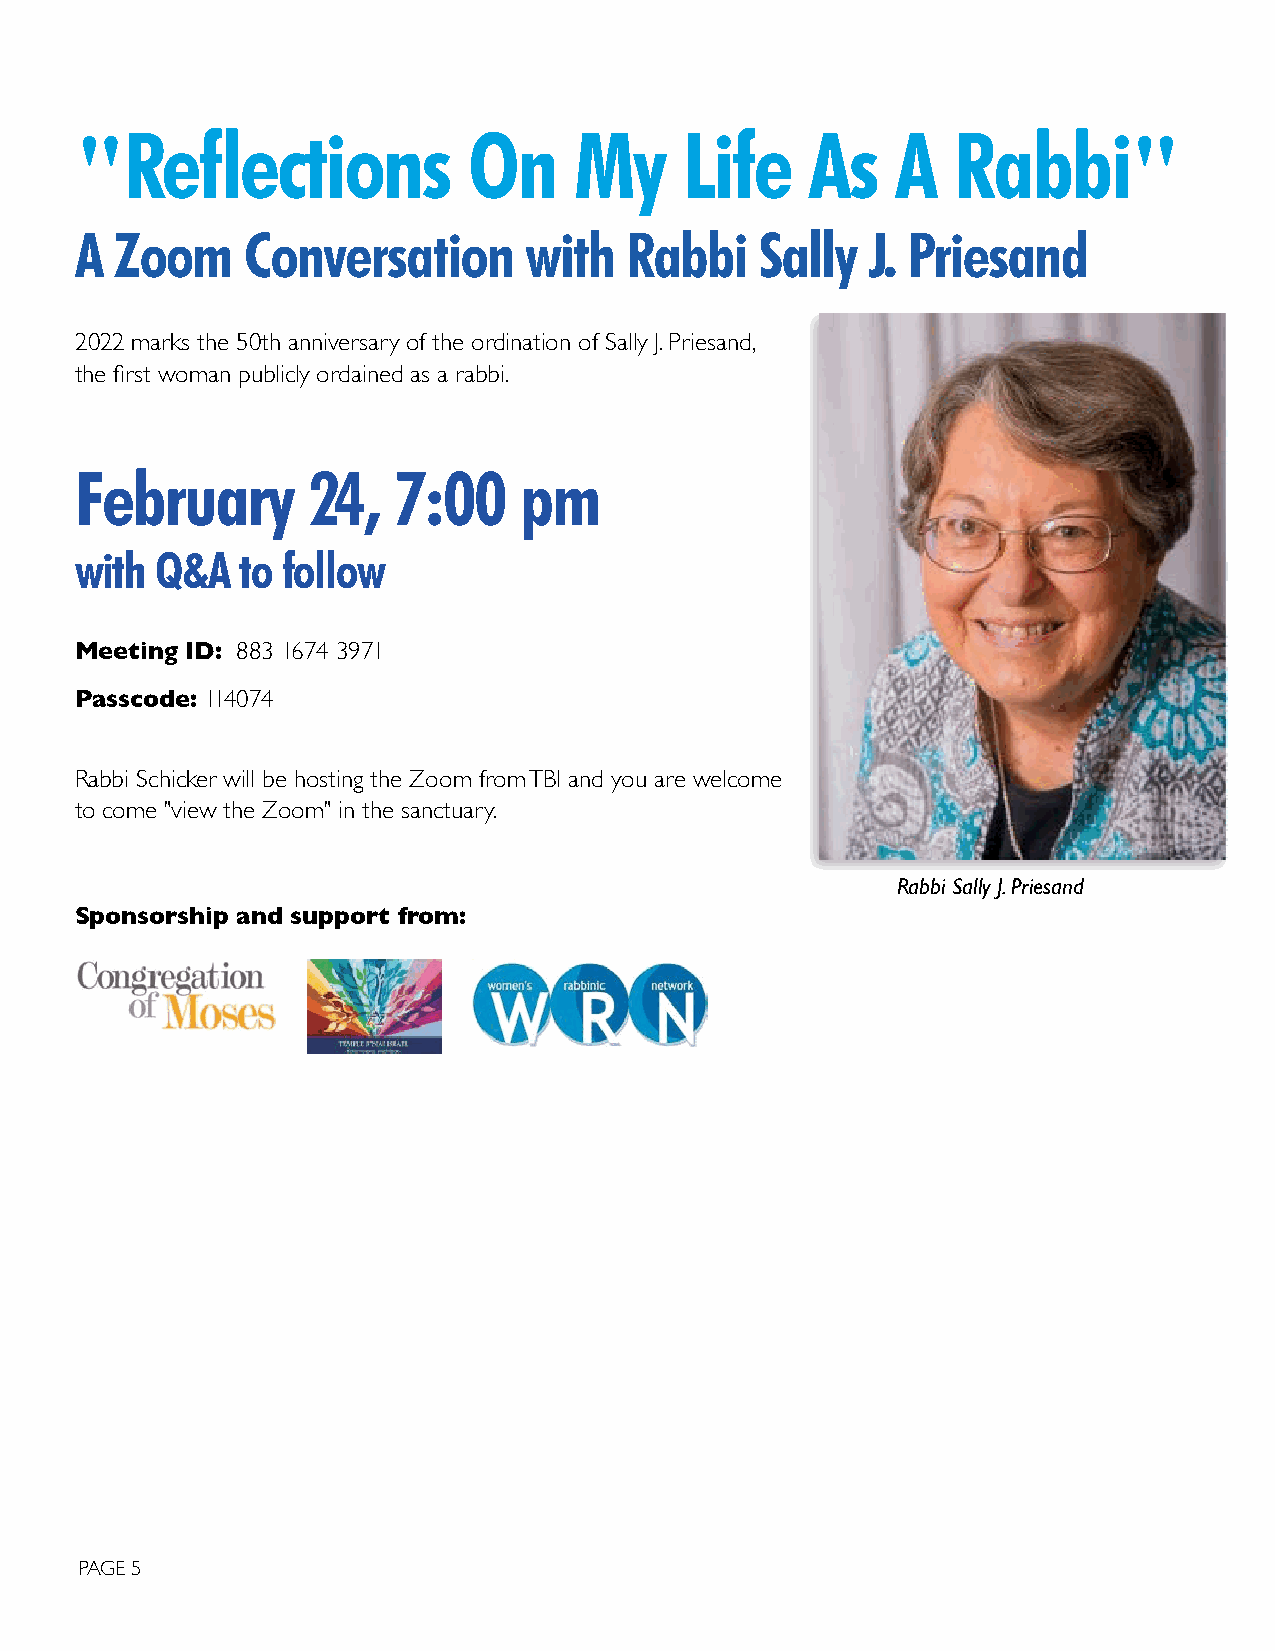
Reflections            On     My     Life     As   A   Rabbi
 "                                                                     "
 A  Zoom    Conversation       with  Rabbi    Sally  J. Priesand
 2022 marks the 50th anniversary of the ordination of Sally J. Priesand,
 the first woman publicly ordained as a rabbi.
 February       24,   7:00    pm
 with Q&A   to follow
 Meeting ID: 883 1674 3971
 Passcode: 114074
 Rabbi Schicker will be hosting the Zoom from TBI and you are welcome
 to come "view the Zoom" in the sanctuary.
 Rabbi Sally J. Priesand
 Sponsorship and support from:
 PAGE 5